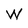
Character: W